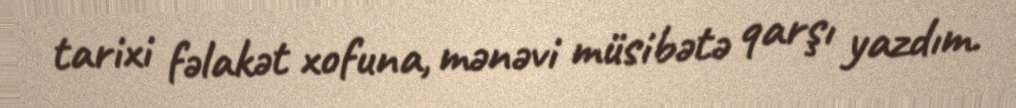
tarixi fəlakət xofuna, mənəvi müsibətə qarşı yazdım.